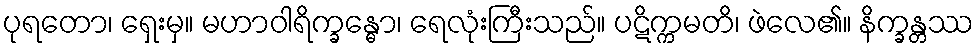
ပုရတော၊ ရှေးမှ။ မဟာဝါရိက္ခန္ဓော၊ ရေလုံးကြီးသည်။ ပဋိက္ကမတိ၊ ဖဲလေ၏။ နိက္ခန္တဿ